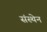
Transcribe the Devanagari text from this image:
संस्थेन